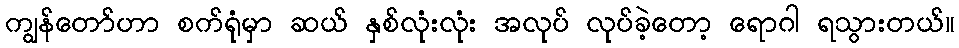
ကျွန်တော်ဟာ စက်ရုံမှာ ဆယ် နှစ်လုံးလုံး အလုပ် လုပ်ခဲ့တော့ ရောဂါ ရသွားတယ်။